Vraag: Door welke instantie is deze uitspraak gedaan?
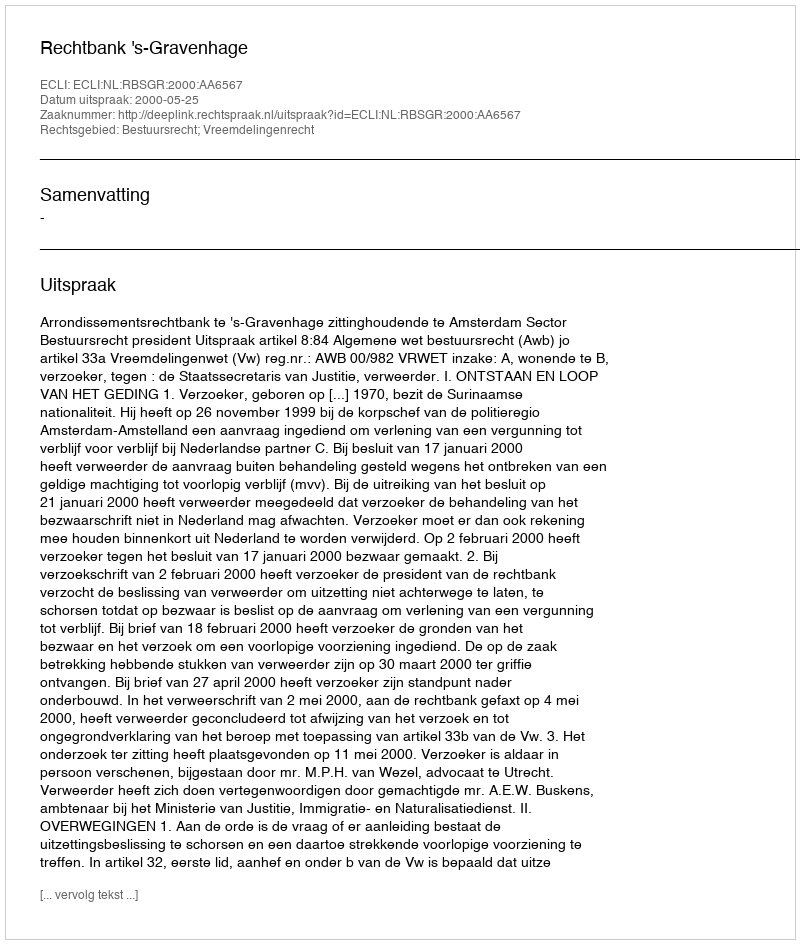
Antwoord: Rechtbank 's-Gravenhage